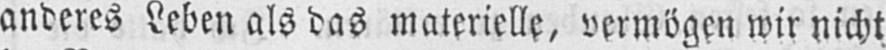
anderes Leben als das materielle, vermögen wir nicht